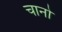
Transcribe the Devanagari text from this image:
चानो